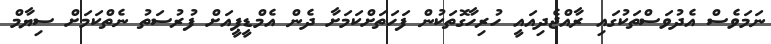
ނަމަވެސް އެދުވަސްތަކުގައި ރާއްޖެދިއައީ ހުރިހާގޮތަކުން ފަހަތަށްކަމަށާ ދެން އެމްޑީޕީއަށް ފުރުސަތު ނެތްކަމަށް ސިޔާމް